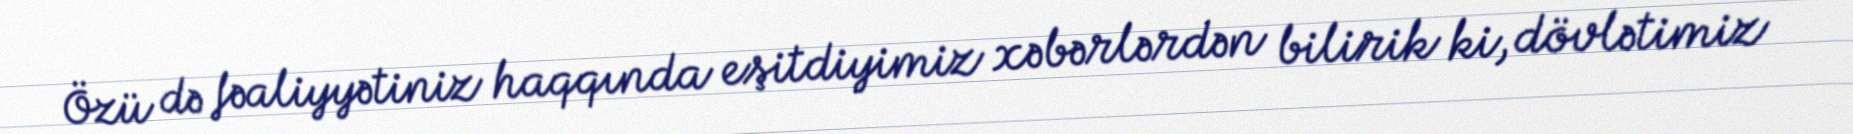
Özü də fəaliyyətiniz haqqında eşitdiyimiz xəbərlərdən bilirik ki, dövlətimiz